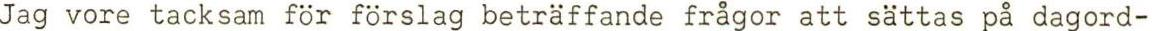
Jag vore tacksam för förslag beträffande frågor att sättas på dagord-